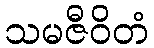
သမဇီဝိတံ